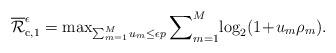
LaTeX: \begin{align*}\overline{\mathcal{R}}_{{\rm{c}},1}^{\epsilon}=\max\nolimits_{\sum_{m=1}^{M}u_m\leq\epsilon p}\sum\nolimits_{m=1}^{M}\!\log_2(1\!+\!u_m\rho_m).\end{align*}